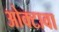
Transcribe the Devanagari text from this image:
ओक्टावा